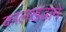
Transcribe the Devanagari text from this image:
कालखंडाने